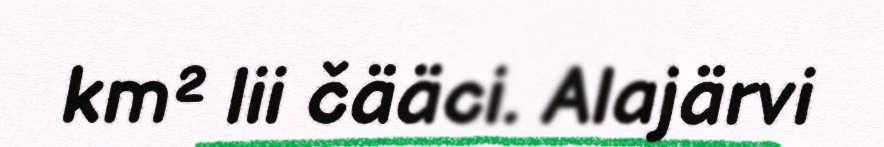
km² lii čääci. Alajärvi